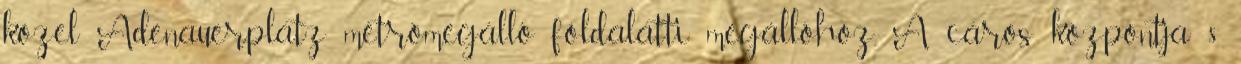
közel Adenauerplatz metrómegálló földalatti megállóhoz. A cáros központja 8